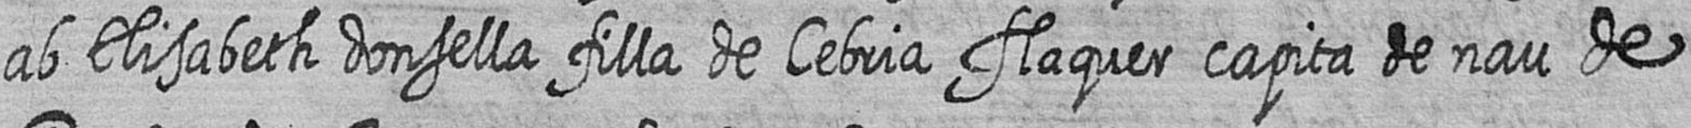
ab Elisabeth donsella filla de Cebria flaquer capita de nau de